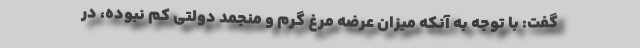
گفت: با توجه به آنکه میزان عرضه مرغ گرم و منجمد دولتی کم نبوده، در